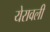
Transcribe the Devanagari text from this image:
येरावली